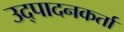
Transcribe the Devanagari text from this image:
उद्पादनकर्ता